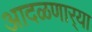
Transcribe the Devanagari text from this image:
आदळणार्‍या